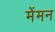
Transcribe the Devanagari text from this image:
मेंमन